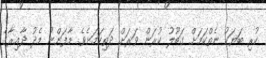
ކުރި ބަޔަކު ނެތްކަމަށް ގަބޫލު ކުރަން ވަރަށް ދަތިކަމަށެވެ. މާފަންނު މެދު ދާއިރާގެ